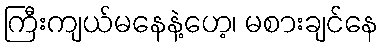
ကြီးကျယ်မနေနဲ့ဟေ့၊ မစားချင်နေ